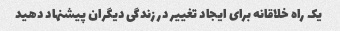
یک راه خلاقانه برای ایجاد تغییر در زندگی دیگران پیشنهاد دهید